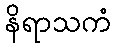
နိရာသကံ